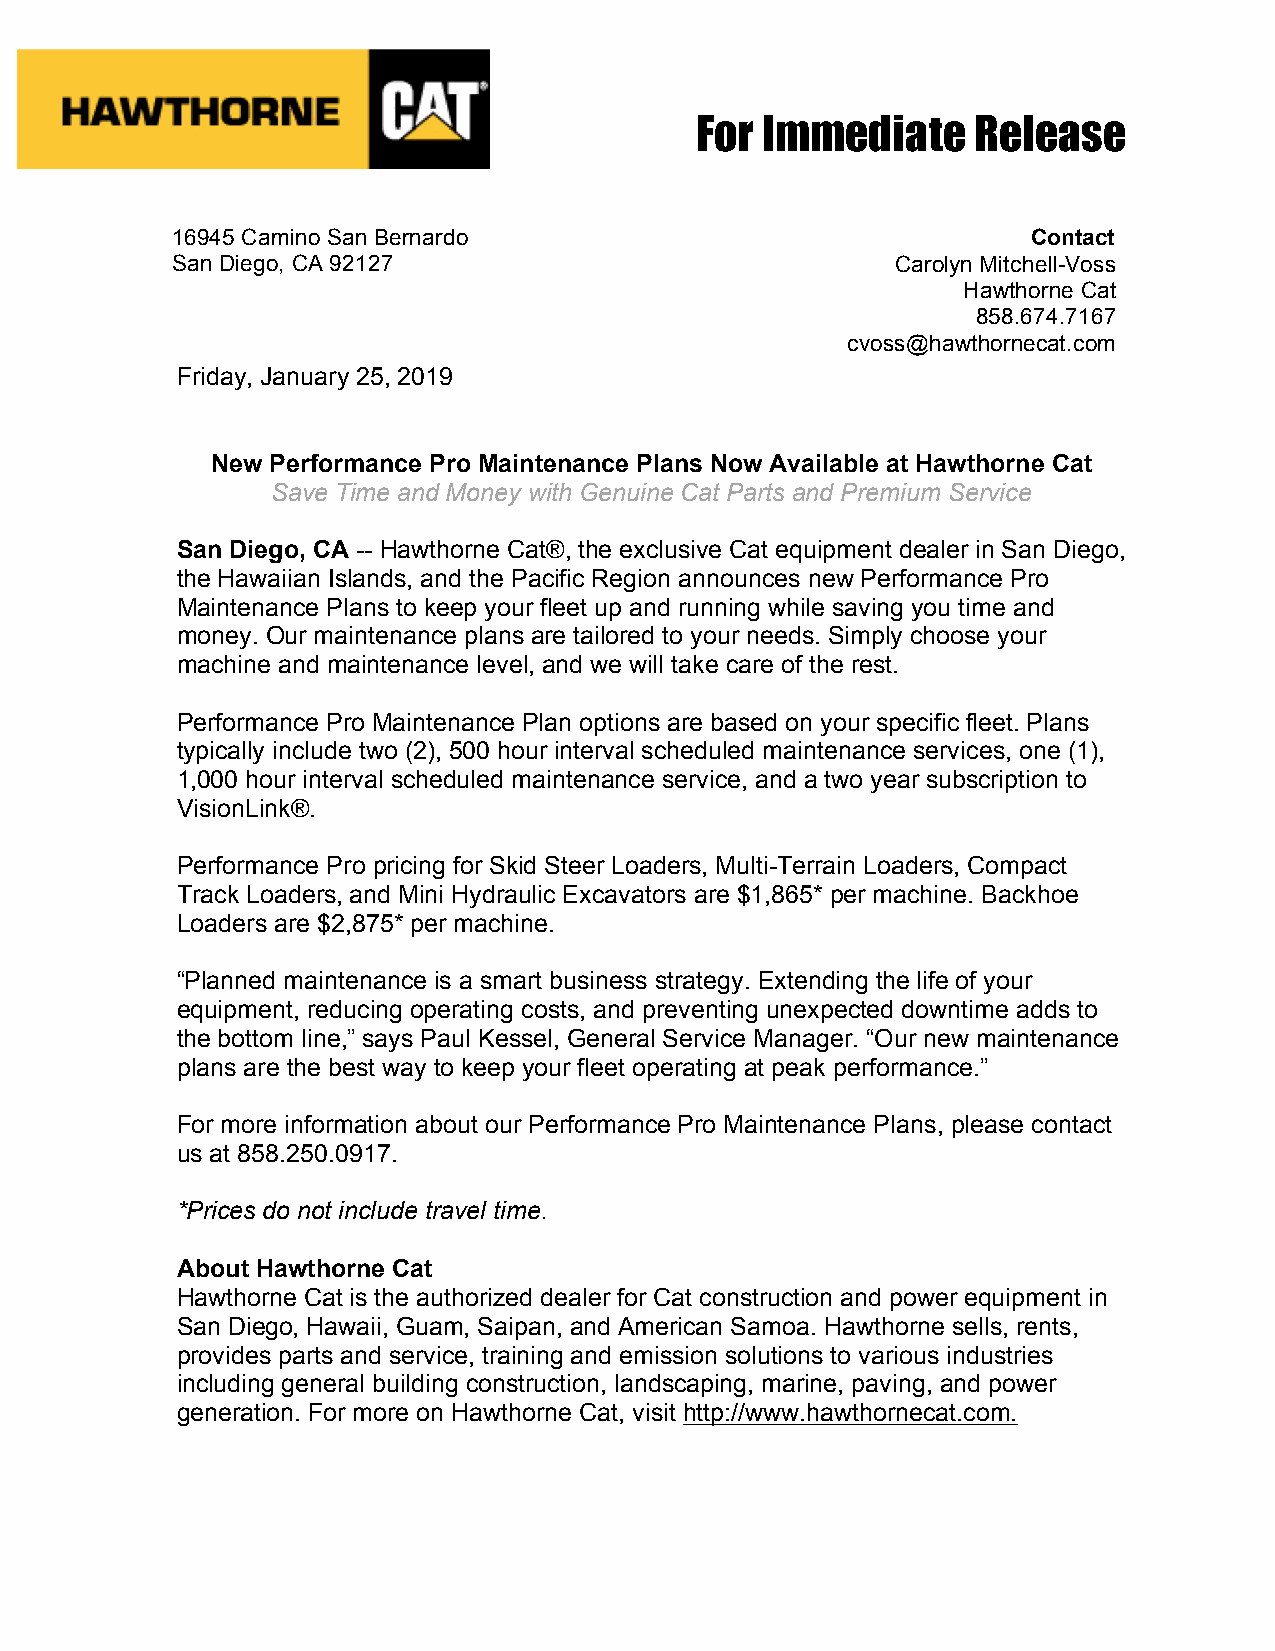
For Immediate     Release
 1 6945 Camino San Bernardo                               Contact
 San Diego, CA 92127                             Carolyn Mitchell-Voss
 Hawthorne Cat
 858.674.7167
 cvoss@hawthornecat.com
 Friday, January 25, 2019
 New Performance Pro Maintenance Plans Now Available at Hawthorne Cat
 Save Time and Money with Genuine Cat Parts and Premium Service
 San Diego, CA -- Hawthorne Cat®, the exclusive Cat equipment dealer in San Diego,
 the Hawaiian Islands, and the Pacific Region announces new Performance Pro
 Maintenance Plans to keep your fleet up and running while saving you time and
 money. Our maintenance plans are tailored to your needs. Simply choose your
 machine and maintenance level, and we will take care of the rest.
 Performance Pro Maintenance Plan options are based on your specific fleet. Plans
 typically include two (2), 500 hour interval scheduled maintenance services, one (1),
 1,000 hour interval scheduled maintenance service, and a two year subscription to
 VisionLink®.
 Performance Pro pricing for Skid Steer Loaders, Multi-Terrain Loaders, Compact
 Track Loaders, and Mini Hydraulic Excavators are $1,865* per machine. Backhoe
 Loaders are $2,875* per machine.
 “Planned maintenance is a smart business strategy. Extending the life of your
 equipment, reducing operating costs, and preventing unexpected downtime adds to
 the bottom line,” says Paul Kessel, General Service Manager. “Our new maintenance
 plans are the best way to keep your fleet operating at peak performance.”
 For more information about our Performance Pro Maintenance Plans, please contact
 us at 858.250.0917.
 *Prices do not include travel time.
 About Hawthorne Cat
 Hawthorne Cat is the authorized dealer for Cat construction and power equipment in
 San Diego, Hawaii, Guam, Saipan, and American Samoa. Hawthorne sells, rents,
 provides parts and service, training and emission solutions to various industries
 including general building construction, landscaping, marine, paving, and power
 generation. For more on Hawthorne Cat, visit http://www.hawthornecat.com.